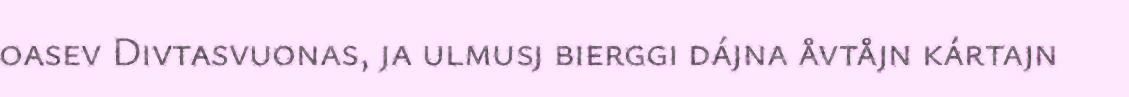
oasev Divtasvuonas, ja ulmusj bierggi dájna åvtåjn kártajn